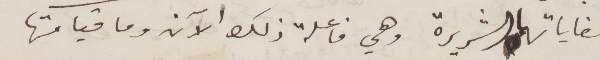
لغاياتها الشريرة وهي فاعلة ذلك الآن وما قيامتها